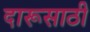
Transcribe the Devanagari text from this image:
दारूसाठी